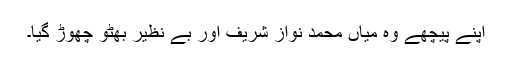
اپنے پیچھے وہ میاں محمد نواز شریف اور بے نظیر بھٹو چھوڑ گیا۔